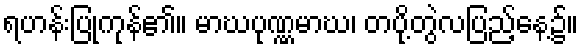
ရဟန်းပြုကုန်၏။ မာဃပုဏ္ဏမာဃ၊ တပို့တွဲလပြည့်နေ့၌။